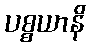
ပစ္စယာနိ